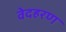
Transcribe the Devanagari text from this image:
वेदहरण